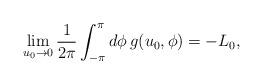
LaTeX: \begin{align*}\lim_{u_0\rightarrow 0}\frac{1}{2\pi}\int_{-\pi}^\pi d\phi\,g(u_0,\phi)=-L_0,\end{align*}